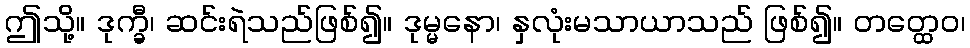
ဤသို့။ ဒုက္ခီ၊ ဆင်းရဲသည်ဖြစ်၍။ ဒုမ္မနော၊ နှလုံးမသာယာသည် ဖြစ်၍။ တတ္ထေဝ၊